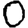
Digit: 0